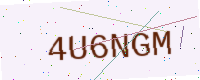
Text: 4U6NGM